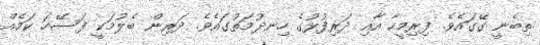
ތިބެނީ ގޭގައެވެ. ފިރިމީހާ އާއި ދަރިފުޅުގެ ހިނދުމަތުގައެވެ. ދަރިން ބެލުމަކީ ފަސޭހަ ކަމެއް